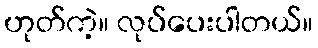
ဟုတ်ကဲ့။ လုပ်ပေးပါတယ်။